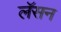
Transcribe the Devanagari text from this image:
लॅसन